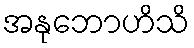
အနုဘောဟိသိ